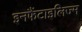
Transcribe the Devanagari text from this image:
इनफैंटाइलिज्म